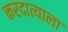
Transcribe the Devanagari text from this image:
करदात्याला